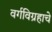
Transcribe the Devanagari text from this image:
वर्गविग्रहाचे